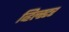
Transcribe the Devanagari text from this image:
व्हिल्स्टर